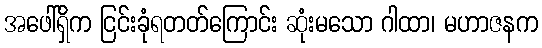
အဖေါ်ရှိက ငြင်းခုံရတတ်ကြောင်း ဆုံးမသော ဂါထာ၊ မဟာဇနက